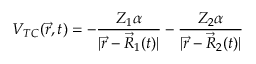
V _ { T C } ( \vec { r } , t ) = - \frac { Z _ { 1 } \alpha } { | \vec { r } - \vec { R } _ { 1 } ( t ) | } - \frac { Z _ { 2 } \alpha } { | \vec { r } - \vec { R } _ { 2 } ( t ) | }